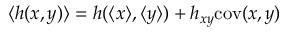
\langle h ( x , y ) \rangle = h ( \langle x \rangle , \langle y \rangle ) + h _ { x y } \mathrm { c o v } ( x , y )